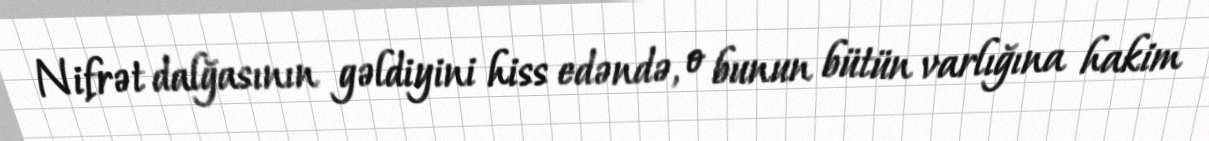
Nifrət dalğasının gəldiyini hiss edəndə, o bunun bütün varlığına hakim